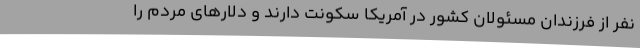
نفر از فرزندان مسئولان کشور در آمریکا سکونت دارند و دلارهای مردم را